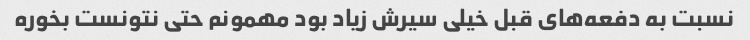
نسبت به دفعه‌های قبل خیلی سیرش زیاد بود مهمونم حتی نتونست بخوره